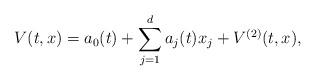
LaTeX: \begin{align*}V(t,x)=a_0(t)+\sum_{j=1}^d a_j(t)x_j+V^{(2)}(t,x),\end{align*}